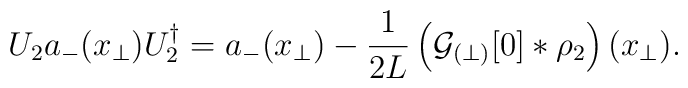
U_2 a_-(x_\perp) U_2^\dagger = a_-(x_\perp) - \frac{1}{2L}  \left({\cal G}_{(\perp)}[0] \ast \rho_2 \right)(x_\perp).